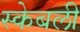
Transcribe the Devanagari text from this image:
स्केबली